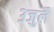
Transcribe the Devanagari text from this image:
३जुलै